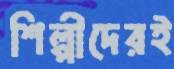
শিল্পীদেরই